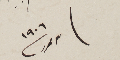
٣ تموز سنة ١٩٠٦